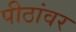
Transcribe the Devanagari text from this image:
पीठांवर